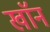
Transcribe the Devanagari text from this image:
खाॅन